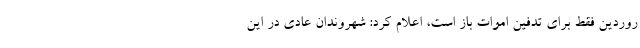
روردین فقط برای تدفین اموات باز است، اعلام کرد: شهروندان عادی در این